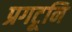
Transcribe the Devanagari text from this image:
प्रगटूनि